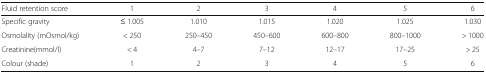
<table><thead><tr><td><b>Fluid retention score</b></td><td><b>1</b></td><td><b>2</b></td><td><b>3</b></td><td><b>4</b></td><td><b>5</b></td><td><b>6</b></td></tr></thead><tbody><tr><td>Specific gravity</td><td>≤ 1.005</td><td>1.010</td><td>1.015</td><td>1.020</td><td>1.025</td><td>1.030</td></tr><tr><td>Osmolality (mOsmol/kg)</td><td>&lt; 250</td><td>250–450</td><td>450–600</td><td>600–800</td><td>800–1000</td><td>&gt; 1000</td></tr><tr><td>Creatinine(mmol/l)</td><td>&lt; 4</td><td>4–7</td><td>7–12</td><td>12–17</td><td>17–25</td><td>&gt; 25</td></tr><tr><td>Colour (shade)</td><td>1</td><td>2</td><td>3</td><td>4</td><td>5</td><td>6</td></tr></tbody></table>